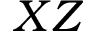
X Z